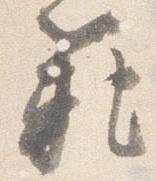
範